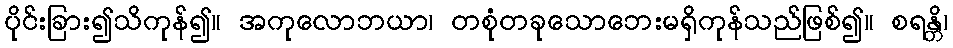
ပိုင်းခြား၍သိကုန်၍။ အကုလောဘယာ၊ တစုံတခုသောဘေးမရှိကုန်သည်ဖြစ်၍။ စရန္တိ၊